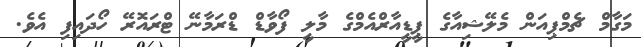
މަގާމް ޗެމްޕިއަން މެލޭޝިއާގެ ޕީޑީއާރްއެމްގެ މާލީ ފޯވާޑް ޑްރަމާނޭ ޓްރައޮރޭ ހޯދައިފި އެވެ.